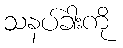
သနပ်ခါးကို